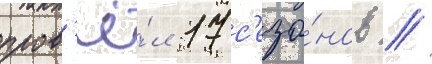
пров'ё́л 17 с'езо́нов //